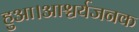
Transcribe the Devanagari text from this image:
हुआ।आश्चर्यजनक